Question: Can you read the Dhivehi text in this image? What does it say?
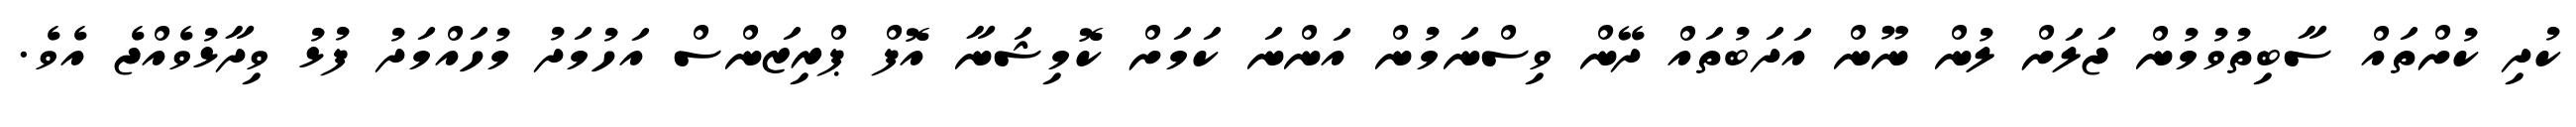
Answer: ކުދި ކުށްތައް ސާބިތުވުމުން ޖަލަށް ލުން ނޫން އަދަބުތައް ދޭން ވިސްނަމުން އަންނަ ކަމަށް ކޮމިޝަނާ އޮފް ޕްރިޒަންސް އަހުމަދު މުހައްމަދު ފުޅު ވިދާޅުވެއްޖެ އެވެ.